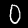
Label: 0